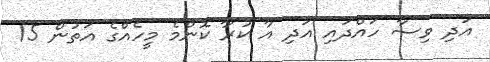
އަދި ވިސާ ހައްދައި އަދި އާ ކުރާ ކޮންމެ މީހެއްގެ އަތުން 15